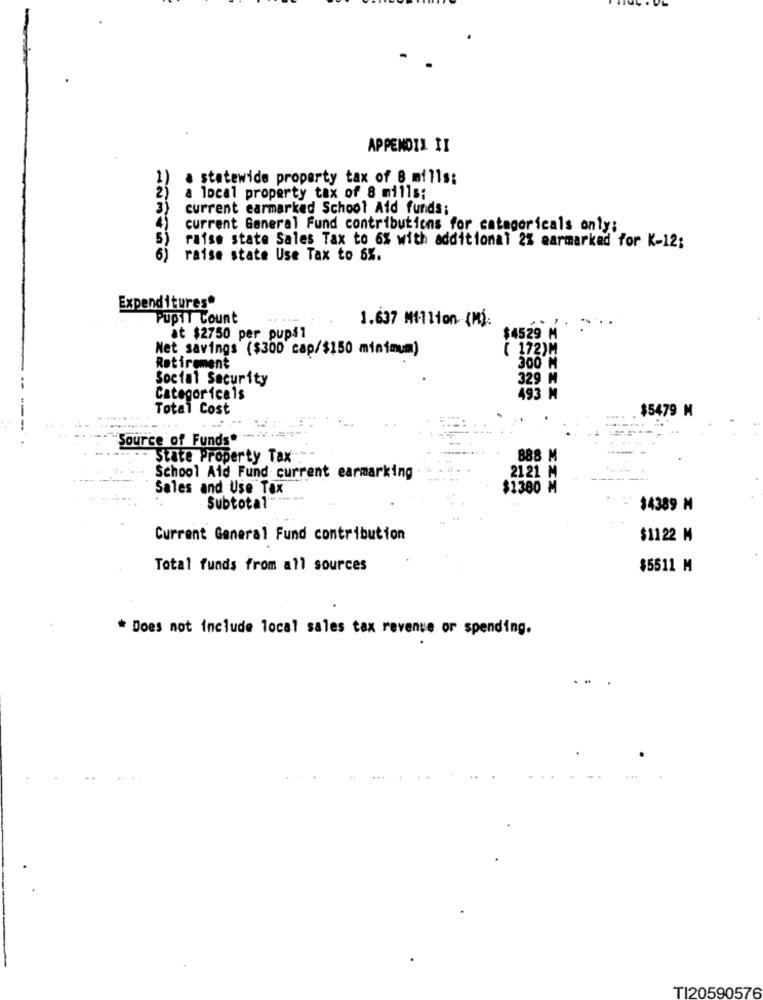
APPENDIX II
a statewide property tax of 8 mills:
a local property tax of 8 mills;
current earmarked School Aid funds;
current General Fund contributions for categoricals only:
raise state Sales Tax to 6% with additional 2% earmarked for K-12;
6)
raise state Use Tax to 6%.
Expenditures
Pupil Count
1.637 Million-(M):
at $2750 per pups1
$4529 M
Net savings ($300 cap/$150 minimum)
( 172)M
Retirement
300 M
Social Security
329 M
Categor icals
493 N
Total Cost
$5479 M
---.
"Source of Funds"
State Property Tax
888 M
2121 M
School Aid Fund current earmarking
Sales and Use Tax
$1380 M
Subtotal *****
$4389 M
Current General Fund contribution
$1122 M
Total funds from all sources
$5511 M
* Does not include local sales tax revenue or spending.
TI20590576